Report of the King Institute of Preventive Medicine, Guindy
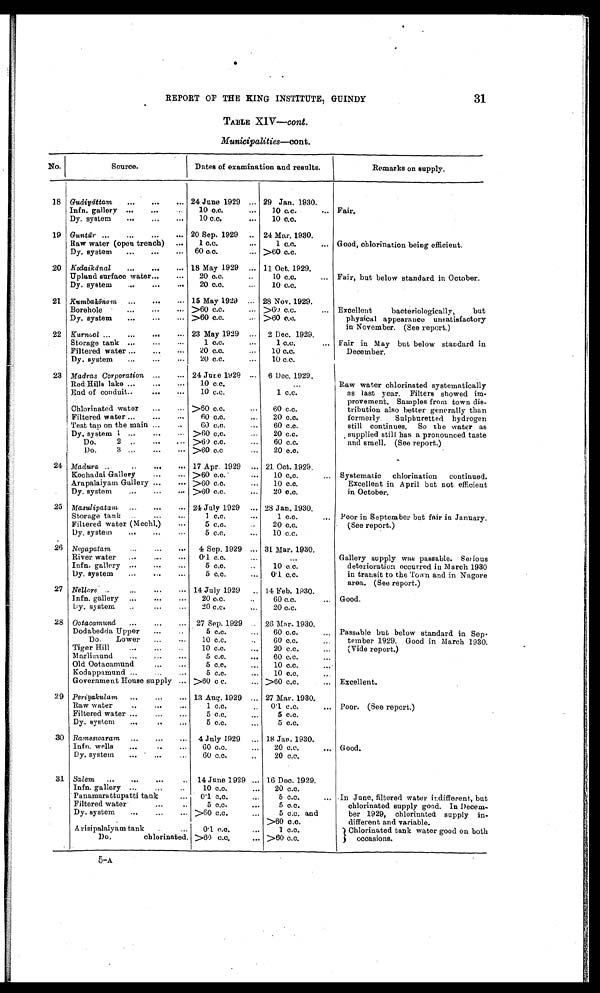
REPORT OF THE KING INSTITUTE, GUINDY
31
TABLE XIV—cont .
Municipalities—cont.
No.
Source.
Dates of examination and results.
Remarks on supply.
18 Gudiyāttam ...
...
... 24 June 1929 ... 29 Jan. 1930.
Infn. gallery ...
...
...
10 c.c.
...
10 c.c.
... Fair.
Dy. system
...
...
...
10 c.c.
...
10 c.c.
19 Guntūr ...
...
...
... 20 Sep. 1929
.. 24 Mar. 1930.
Raw water (open trench)
...
1 c.c.
. . .
1 c.c.
... Good, chlorination being efficient.
Dy. system
...
...
...
60 c.c.
... >60 c.c.
20 Kodaikānal ...
...
... 18 May 1929 ... 11 Oct. 1929.
Upland surface water...
...
20 c.c.
..
10 c.c.
... Fair, but below standard in October.
Dy. system
...
...
. . .
20 c.c.
...
10 c.c.
21 Kumbakōnam ...
...
... 15 May 1929
... 28 Nov. 1929.
Borehole
...
...
... >60 c.c.
... >60 c.c.
... Excellent
bacteriologically,
but
Dy. system
...
...
... >60 c.c.
... >60 c.c.
physical appearance unsatisfactory
in November. (See report.)
22 Kurnool ...
...
...
... 23 May 1929
2 Dec. 1929.
Storage tank ...
...
...
1c.c. ...
1 c.c.
... Fair in May but below standard in
Filtered water ...
...
...
20 c.c.
...
10 c.c.
December.
Dy. system
...
...
...
20 c.c.
...
10 c.c.
23 Madras Corporation ...
... 24 June 1929 ...
6 Dec. 1929.
Red Hills lake ...
...
...
10 c.c.
Raw water chlorinated systematically
End of conduit..
...
...
10 c.c.
1 c.c.
...
as last year. Filters showed im-
provement. Samples from town dis-
Chlorinated water
...
... >60 c.c.
...
60 c.c.
tribution also better generally than
Filtered water ...
...
. . .
60 c.c.
...
20 c.c.
formerly.
Sulphuretted
hydrogen
Test tap on the main ...
..
60 c.c.
...
60 c.c.
still continues.
So the water as
Dy. system 1 ...
...
...
>60 c.c.
...
20 c.c.
supplied still has a pronounced taste
Do.
2 ..
...
... >60 c.c.
...
60 c.c.
and smell. (See report.)
Do.
3 ...
...
. . . >60 c.c.
...
20 c.c.
24 Madura ..
..
...
... 17 Apr. 1929
... 21. Oct. 1929.
Kochadai Gallery
...
... >60 c.c.
...
10 c.c.
... Systematic
chlorination
continued.
Arapalaiyam Gallery ...
. . . >60 c.c.
...
10 c.c.
Excellent in April but not efficient
Dy. system
...
...
. . . >60 c.c.
...
20 c.c.
in October.
25 Masulipatam
...
..
. . . 24 July 1929
... 28 Jan. 1930.
Storage tank
..
...
...
1 c.c.
. . .
1 c.c.
...
Poor in September but fair in January.
Filtered water (Mechl.)
...
5 c.c.
..
20 c.c.
(See report.)
Dy. system
...
...
. . .
5c.c.
...
10 c.c.
26 Negapatam
...
...
...
4 Sep. 1929 ... 31 Mar. 1930.
River water
...
...
0.1c.c.
...
...
Gallery supply was passable. Serious
Infn. gallery ...
...
...
5 c.c.
..
10 c.c.
deterioration occurred in March 1930
Dy. system
...
...
...
5 c.c.
...
0.1 c.c.
in transit to the Town and in Nagore
area. (See report.)
27 Nellore ..
...
...
... 14 July 1929
.. 14 Feb. 1930.
lnfn. gallery
...
...
...
20 c.c.
..
60 c.c.
... Good.
Dy. system
..
...
...
20 c.c.
...
20 c.c.
28 Ootacamund
...
...
...
27 Sep. 1929
26 Mar. 1930.
Dodabedda Upper
...
..
5 c.c.
...
60 c.c.
... Passable but below standard in Sep-
Do.
Lower
...
...
10 c.c.
60 c.c.
...
tember 1929. Good in March 1930.
Tiger Hill
...
...
..
10 c.c.
...
20 c.c.
...
(Vide report.)
Marlimund
...
...
...
5 c.c.
...
60 c.c.
...
Old Ootacamund
...
...
5 c.c.
...
10 c.c.
Kodappamund ...
...
...
5 c.c.
. . .
10 c.c.
...
Government House supply ... >60 c c.
... >60 c.c.
... Excellent.
29 Periyakulam ...
...
... 13 Aug. 1929 ... 27 Mar. 1930.
Raw water
..
...
...
1 c.c.
..
0.1 c.c.
... Poor. (See report.)
Filtered water ...
...
...
5 c.c.
...
5 c.c.
Dy. system
...
..
5 c.c.
...
5 c.c.
30 Rameswaram ...
...
...
4 July 1929
... 18 Jan. 1930.
lnfn. wells
...
..
...
60 c.c.
...
20 c.c.
... Good.
Dy. system
...
...
...
60 c.c.
..
20 c.c.
31 Salem
...
...
...
..
14 June 1929 ... 16 Dec. 1929.
Infn. gallery ...
. . .
10 c.c.
...
20 c.c.
Panamarattupatti tank
0.1 c.c.
...
5 c.c.
... In June, filtered water indifferent, but
Filtered water
..
.
... ..
5 c.c.
...
5 c.c.
chlorinated supply good. In Decem-
Dy. system
...
...
... >60 c.c.
...
5 c.c. and
ber 1929, chlorinated supply in-
>60 c.c.
different and variable.
Arisipalaiyam tank
..
...
0.1 c.c.
1 c.c.
Chlorinated tank water good on both
Do.
chlorinated. >60 c.c.
... > 6 0 c . c .
occasions.
5-A